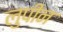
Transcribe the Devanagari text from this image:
लुपीन